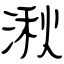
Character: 湫